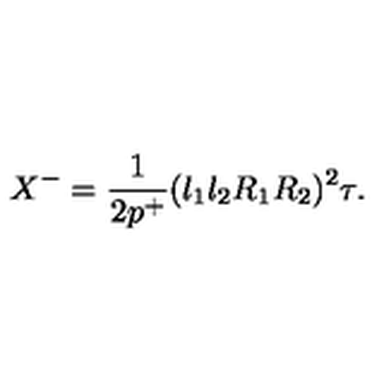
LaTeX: X ^ { - } = \frac { 1 } { 2 p ^ { + } } ( l _ { 1 } l _ { 2 } R _ { 1 } R _ { 2 } ) ^ { 2 } \tau .